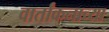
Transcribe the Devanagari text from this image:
वार्तांकनाच्या